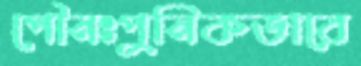
পৌনঃপুনিকভাবে